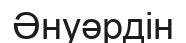
Әнуәрдін